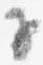
子